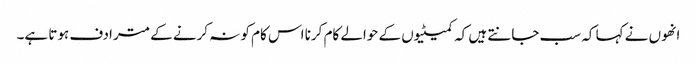
انھوں نے کہا کہ سب جانتے ہیں کہ کمیٹیوں کے حوالے کام کرنا اس کام کو نہ کرنے کے مترادف ہوتا ہے۔